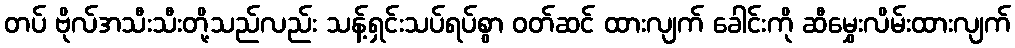
တပ် ဗိုလ်အသီးသီးတို့သည်လည်း သန့်ရှင်းသပ်ရပ်စွာ ဝတ်ဆင် ထားလျက် ခေါင်းကို ဆီမွှေးလိမ်းထားလျက်